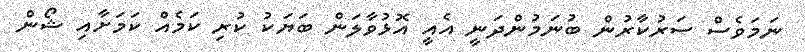
ނަމަވެސް ސަރުކާރުން ބުނަމުންދަނީ އެއީ އޮޅުވާލަން ބަޔަކު ކުރި ކަމެއް ކަމަށާއި ޝޯން